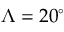
\Lambda = 2 0 ^ { \circ }